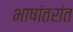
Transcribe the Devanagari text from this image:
भाषांतरांत